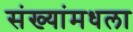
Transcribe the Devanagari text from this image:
संख्यांमधला